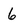
Character: 6